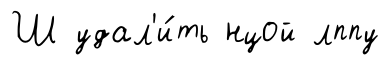
Ш удал'и́ть нцой лппу